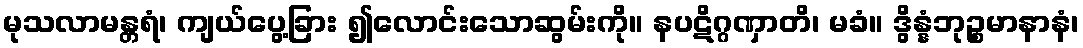
မုသလာမန္တရံ၊ ကျယ်ပွေ့ခြား ၍လောင်းသောဆွမ်းကို။ နပဋိဂ္ဂဏှာတိ၊ မခံ။ ဒွိန္နံဘုဉ္စမာနာနံ၊